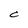
Character: C